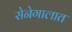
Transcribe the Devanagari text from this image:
सेनेगालात